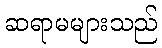
ဆရာမများသည်